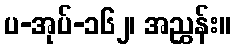
ပ-အုပ်-၁၆၂၊ အညွှန်း။